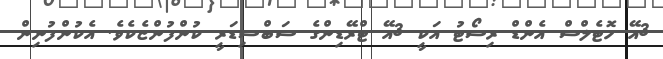
3އޭ ހޮޓެލްސް އެންޑް ރިސޯޓު އަކީ 3އޭ ޓްރޭޑިންގެ ސަބްސިޑަރީ ކުންފުންޏެކެވެ. އެކުންފުނިން